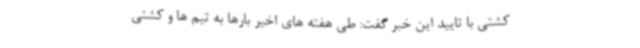
کشتی با تایید این خبر گفت: طی هفته های اخیر بارها به تیم ها و کشتی